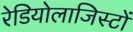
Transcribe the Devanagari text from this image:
रेडियोलाजिस्टों